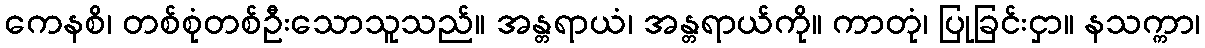
ကေနစိ၊ တစ်စုံတစ်ဦးသောသူသည်။ အန္တရာယံ၊ အန္တရာယ်ကို။ ကာတုံ၊ ပြုခြင်းငှာ။ နသက္ကာ၊